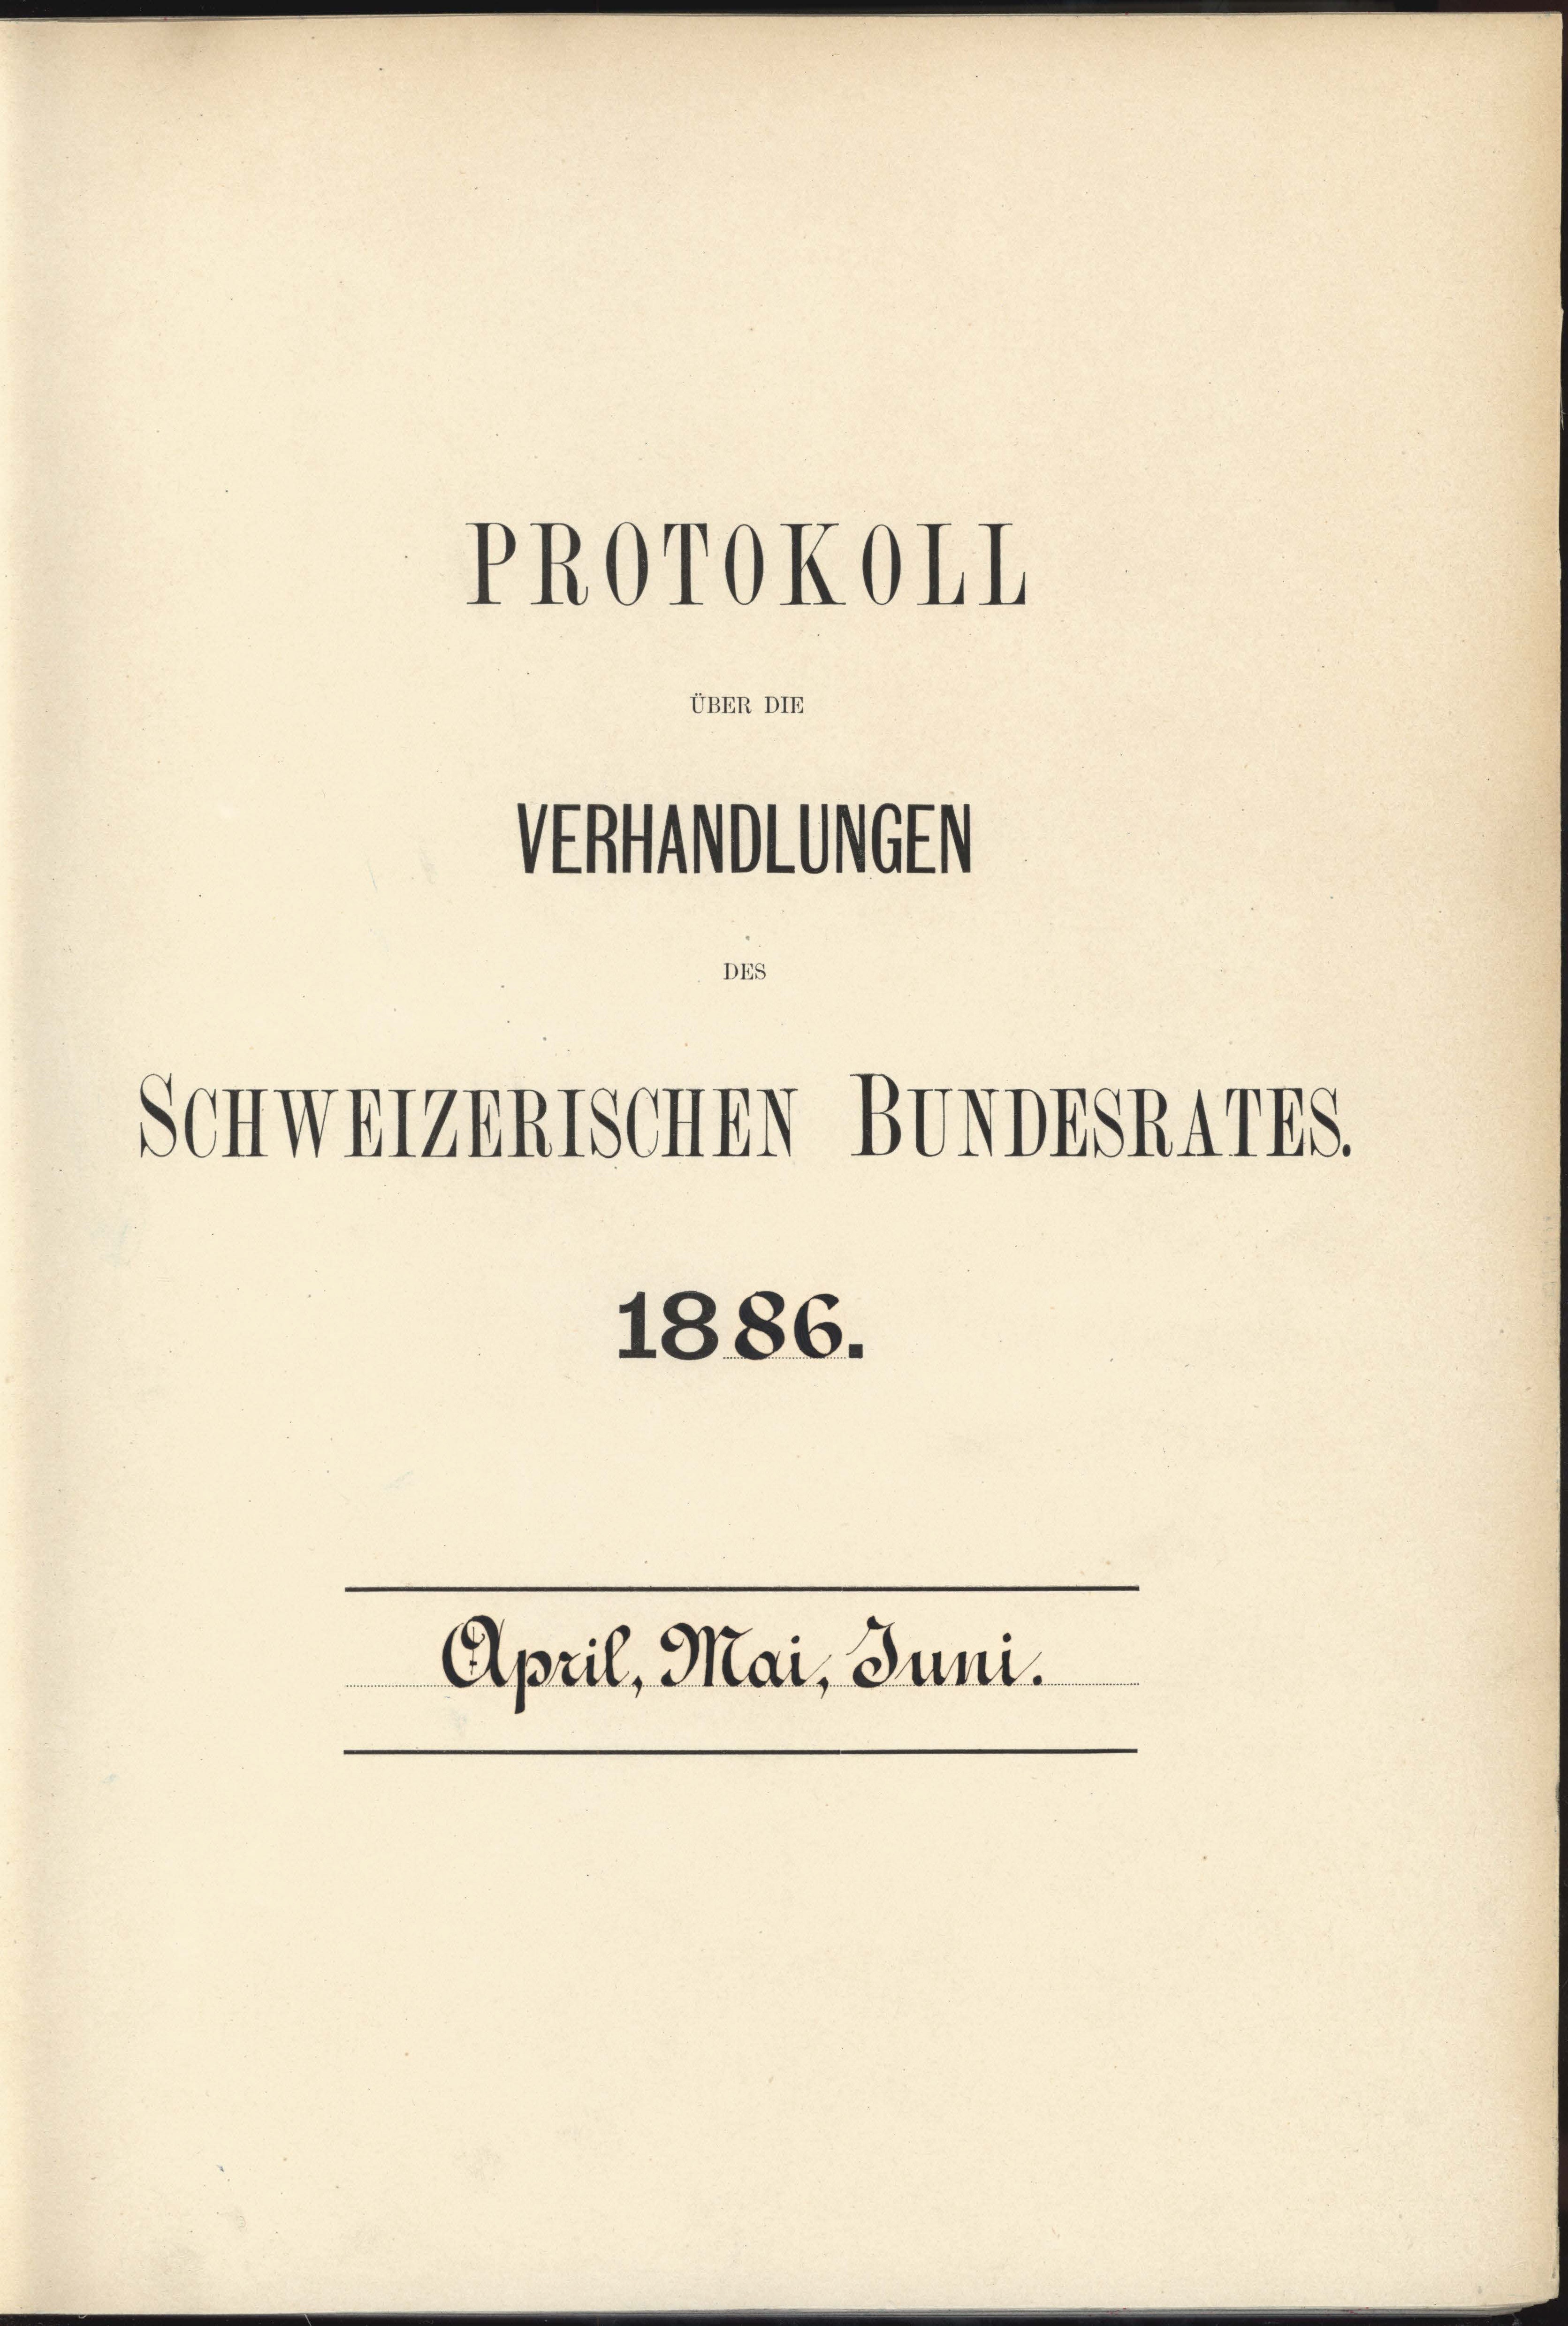
UBER DIE

PROrokoll

Volumen
DE

SchwarzenTSCHEN BUNDESAATES

1886.
April, Mai, Juni.